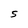
Character: S